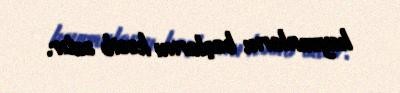
heyvanların başlarını kəsib satır.